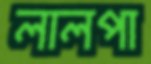
লালপা